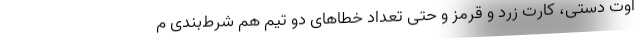
اوت دستی، کارت زرد و قرمز و حتی تعداد خطاهای دو تیم هم شرط‌بندی م